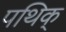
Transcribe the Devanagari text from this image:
पथिक्‌